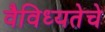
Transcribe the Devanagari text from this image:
वैविध्यतेचे